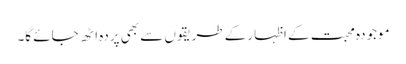
موجودہ محبت کے اظہار کے طریقوں سے بھی پردہ اٹھ جائے گا۔